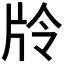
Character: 𭷊